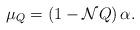
LaTeX: \begin{align*}\mu_{Q}=\left(1-\mathcal{N}Q\right)\alpha.\end{align*}